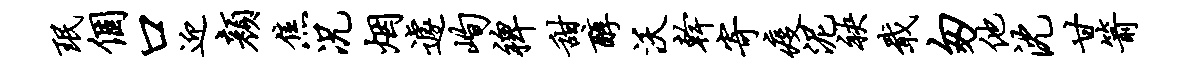
珉个口迎颜焦况烟遽峋裨甜醇沃干寄疫泥袂戢匆他沈甘箭